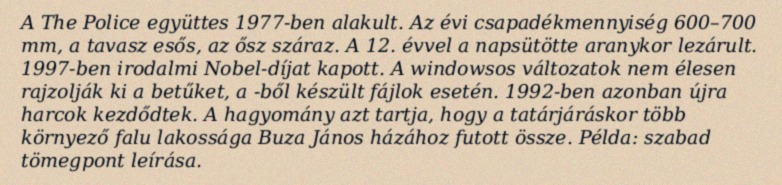
A The Police együttes 1977-ben alakult. Az évi csapadékmennyiség 600–700 mm, a tavasz esős, az ősz száraz. A 12. évvel a napsütötte aranykor lezárult. 1997-ben irodalmi Nobel-díjat kapott. A windowsos változatok nem élesen rajzolják ki a betűket, a -ből készült fájlok esetén. 1992-ben azonban újra harcok kezdődtek. A hagyomány azt tartja, hogy a tatárjáráskor több környező falu lakossága Buza János házához futott össze. Példa: szabad tömegpont leírása.